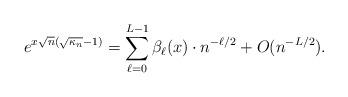
LaTeX: \begin{align*} e^{x \sqrt{n}(\sqrt{\kappa_n} -1)} = \sum_{\ell=0}^{L-1} \beta_\ell(x) \cdot n^{-\ell/2} + O(n^{-L/2}).\end{align*}